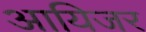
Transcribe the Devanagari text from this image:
आयिजर